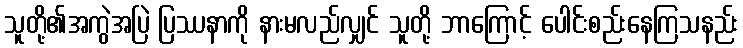
သူတို့၏အကွဲအပြဲ ပြဿနာကို နားမလည်လျှင် သူတို့ ဘာကြောင့် ပေါင်းစည်းနေကြသနည်း